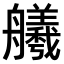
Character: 𫇢